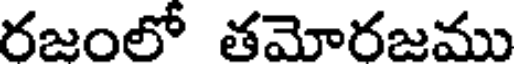
రజంలో తమోరజము